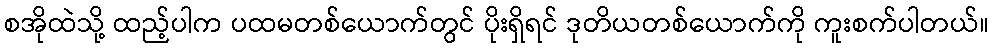
စအိုထဲသို့ ထည့်ပါက ပထမတစ်ယောက်တွင် ပိုးရှိရင် ဒုတိယတစ်ယောက်ကို ကူးစက်ပါတယ်။